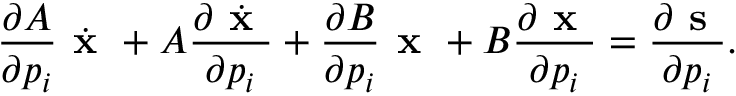
\frac { \partial A } { \partial p _ { i } } \dot { \textbf { x } } + A \frac { \partial \dot { \textbf { x } } } { \partial p _ { i } } + \frac { \partial B } { \partial p _ { i } } \textbf { x } + B \frac { \partial \textbf { x } } { \partial p _ { i } } = \frac { \partial \textbf { s } } { \partial p _ { i } } .